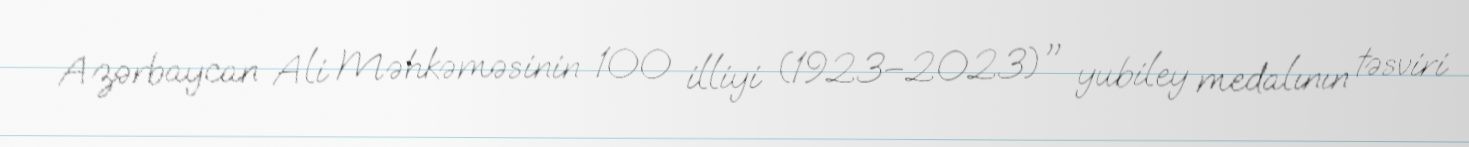
Azərbaycan Ali Məhkəməsinin 100 illiyi (1923–2023)" yubiley medalının təsviri